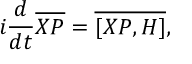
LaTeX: i \frac { d } { d t } \overline { { { X P } } } = \overline { { { [ X P , H ] } } } ,